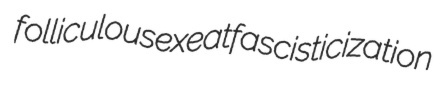
folliculous exeat fascisticization